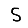
Digit: 5